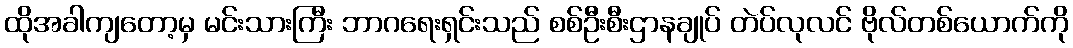
ထိုအခါကျတော့မှ မင်းသားကြီး ဘာဂရေးရှင်းသည် စစ်ဦးစီးဌာနချုပ် တဲပ်လုလင် ဗိုလ်တစ်ယောက်ကို